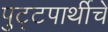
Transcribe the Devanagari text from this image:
पुट्टपार्थीचे